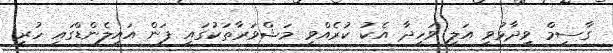
ގާސިމް ވިދާޅުވީ އަލީ ވަހީދާ އެކު ކުރެއްވި މަޝްވަރާތަކުގައި ފަން އައިލެންޑްގައި ހުރި